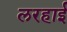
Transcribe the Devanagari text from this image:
लरहाई